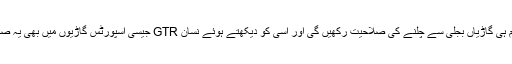
نسان کے نائب صدر نے کہا کہ آنے والے وقت میں تمام ہی گاڑیاں بجلی سے چلنے کی صلاحیت رکھیں گی اور اسی کو دیکھتے ہوئے نسان GTR جیسی اسپورٹس گاڑیوں میں بھی یہ صلاحیت شامل کیے جانے کے واضح امکانات موجود ہیں۔